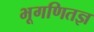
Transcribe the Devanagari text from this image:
भूगणितज्ञ